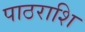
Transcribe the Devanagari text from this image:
पाठराशि